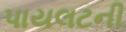
પાયલટની